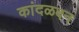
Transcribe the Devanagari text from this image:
कांदळवन